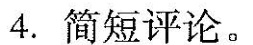
4.简短评论。